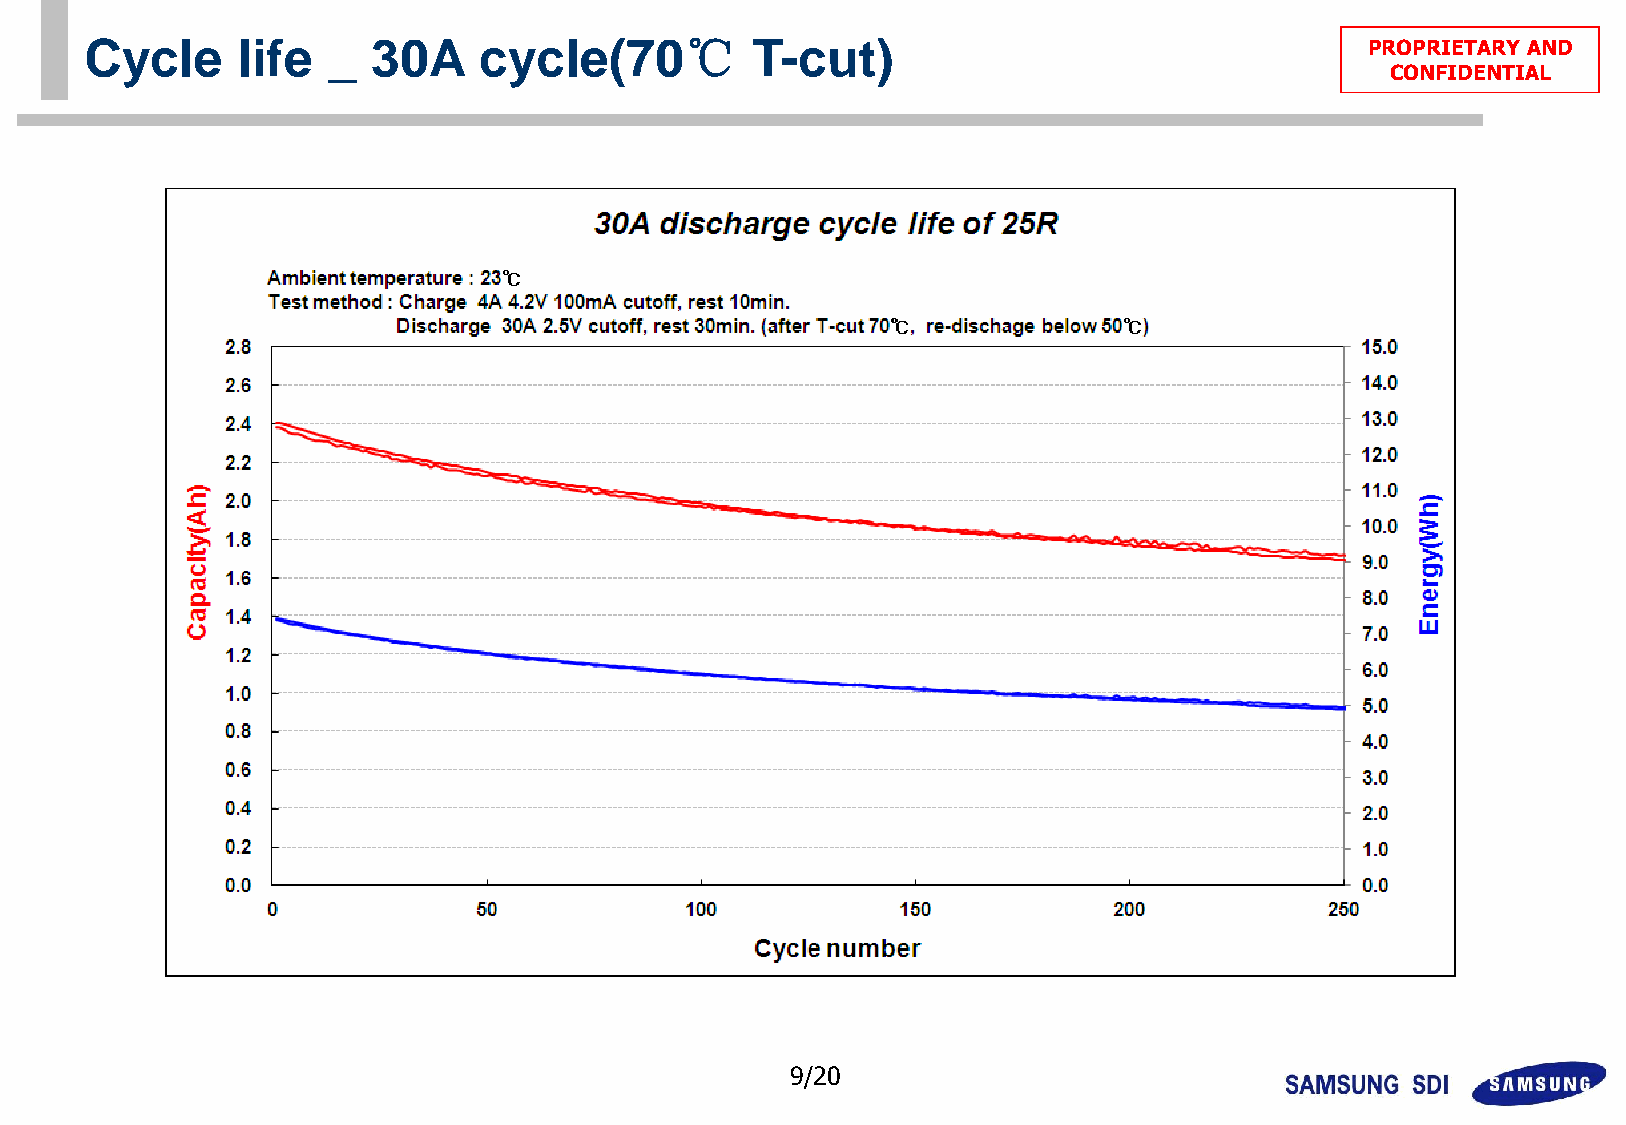
Cycle     life  _  30A    cycle(70℃         T-cut)                                  PPRROOPPRRIIEETTAARRYY AANNDD
 CCOONNFFIIDDEENNTTIIAALL
 9/20